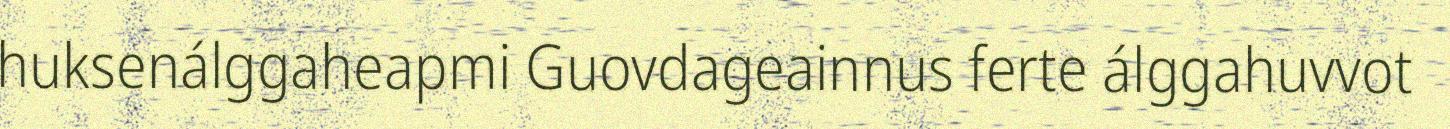
huksenálggaheapmi Guovdageainnus ferte álggahuvvot